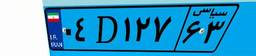
۰۴D۱۲۷۶۳